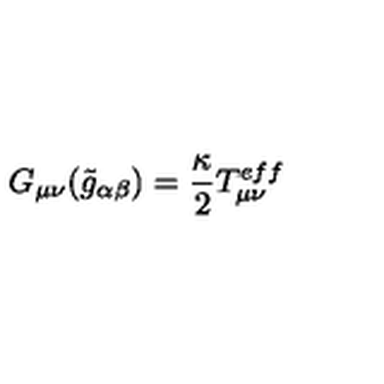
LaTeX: G _ { \mu \nu } ( \tilde { g } _ { \alpha \beta } ) = \frac { \kappa } { 2 } T _ { \mu \nu } ^ { e f f }